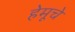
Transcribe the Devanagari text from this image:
हेमूचे